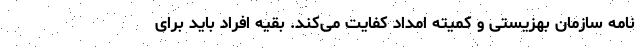
نامه سازمان بهزیستی و کمیته امداد کفایت می‌کند. بقیه افراد باید برای